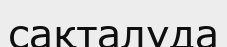
сақталуда